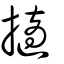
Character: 擿